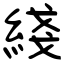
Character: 綫